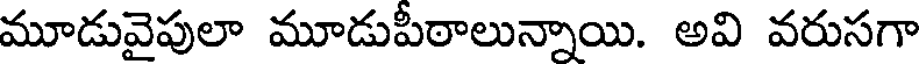
మూడువైపులా మూడుపీఠాలున్నాయి. అవి వరుసగా